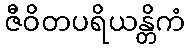
ဇီဝိတပရိယန္တိကံ